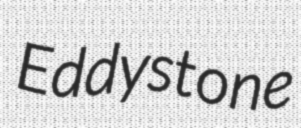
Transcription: Eddystone